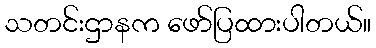
သတင်းဌာနက ဖော်ပြထားပါတယ်။